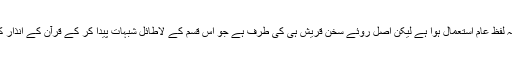
یہ امر یہاں واضح رہے کہ اگرچہ لفظ عام استعمال ہوا ہے لیکن اصل روئے سخن قریش ہی کی طرف ہے جو اس قسم کے لاطائل شبہات پیدا کر کے قرآن کے انذار کو غیر مؤثر بنا دینا چاہتے تھے۔